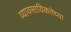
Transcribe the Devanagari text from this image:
व्यावसायिकतेच्या